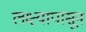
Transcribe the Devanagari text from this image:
लक्ष्यापासून